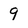
Character: 9